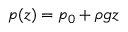
p ( z ) = p _ { 0 } + \rho g z